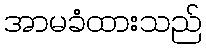
အာမခံထားသည်